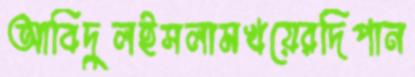
আবিদুলইসলামখয়েরদিপান